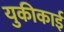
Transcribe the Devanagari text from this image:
युकीकाई